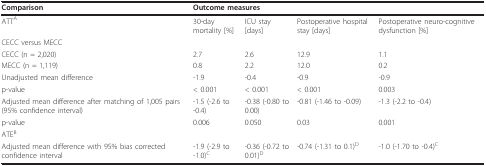
<table><thead><tr><td><b>Comparison</b></td><td colspan="4"><b>Outcome measures</b></td></tr></thead><tbody><tr><td>ATT<sup>A</sup></td><td>30-day mortality [%]</td><td>ICU stay [days]</td><td>Postoperative hospital stay [days]</td><td>Postoperative neuro-cognitive dysfunction [%]</td></tr><tr><td>CECC versus MECC</td><td></td><td></td><td></td><td></td></tr><tr><td>CECC (n = 2,020)</td><td>2.7</td><td>2.6</td><td>12.9</td><td>1.1</td></tr><tr><td>MECC (n = 1,119)</td><td>0.8</td><td>2.2</td><td>12.0</td><td>0.2</td></tr><tr><td>Unadjusted mean difference</td><td>-1.9</td><td>-0.4</td><td>-0.9</td><td>-0.9</td></tr><tr><td>p-value</td><td>&lt; 0.001</td><td>&lt; 0.001</td><td>&lt; 0.001</td><td>0.003</td></tr><tr><td>Adjusted mean difference after matching of 1,005 pairs (95% confidence interval)</td><td>-1.5 (-2.6 to -0.4)</td><td>-0.38 (-0.80 to 0.00)</td><td>-0.81 (-1.46 to -0.09)</td><td>-1.3 (-2.2 to -0.4)</td></tr><tr><td>p-value</td><td>0.006</td><td>0.050</td><td>0.03</td><td>0.001</td></tr><tr><td>ATE<sup>B</sup></td><td></td><td></td><td></td><td></td></tr><tr><td>Adjusted mean difference with 95% bias corrected confidence interval</td><td>-1.9 (-2.9 to -1.0)<sup>C</sup></td><td>-0.36 (-0.72 to 0.01)<sup>D</sup></td><td>-0.74 (-1.31 to 0.1)<sup>D</sup></td><td>-1.0 (-1.70 to -0.4)<sup>C</sup></td></tr></tbody></table>